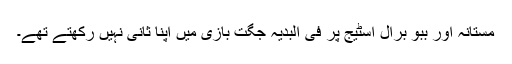
مستانہ اور ببو برال اسٹیج پر فی البدیہ جگت بازی میں اپنا ثانی نہیں رکھتے تھے۔